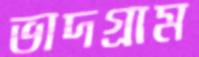
ভাদগ্রাম